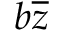
b { \overline { { z } } }